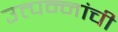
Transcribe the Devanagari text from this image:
उत्पन्नांची